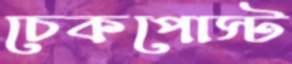
চেকপোস্ট